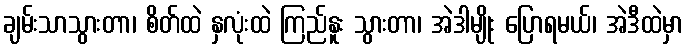
ချမ်းသာသွားတာ၊ စိတ်ထဲ နှလုံးထဲ ကြည်နူး သွားတာ၊ အဲဒါမျိုး ပြောရမယ်၊ အဲဒီထဲမှာ